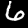
Digit: 6